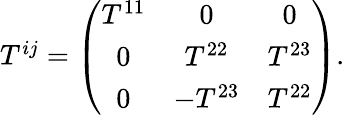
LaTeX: \begin{array}{r}{T^{ij}=\left(\begin{array}{ccc}{T^{11}}&{0}&{0}\\ {0}&{T^{22}}&{T^{23}}\\ {0}&{-T^{23}}&{T^{22}}\end{array}\right).}\end{array}